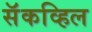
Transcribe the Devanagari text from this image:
सॅकव्हिल